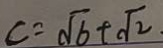
c = \sqrt { 6 } + \sqrt { 2 }